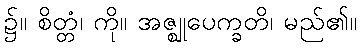
၌။ စိတ္တံ၊ ကို။ အဇ္ဈုပေက္ခတိ၊ မည်၏။